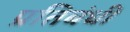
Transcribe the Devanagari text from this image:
प्रतिबंधी